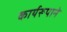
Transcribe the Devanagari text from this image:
कार्यरूपाने